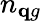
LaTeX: n_{\mathbf qg}